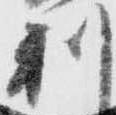
利